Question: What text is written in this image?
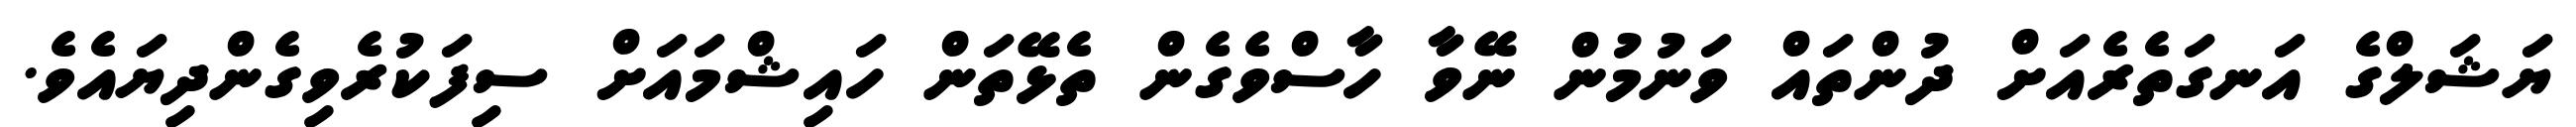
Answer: ޔަޝަލްގެ އަނގަތެރެއަށް ދުންތައް ވަނުމުން ނޭވާ ހާސްވެގެން ތެޅޭތަން ހައިޝްމައަށް ސިފަކުރެވިގެންދިޔައެވެ.